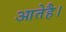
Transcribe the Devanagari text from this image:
आतेहै।